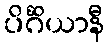
ပိင်္ဂိယာနီ